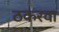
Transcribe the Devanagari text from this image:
ठकरवा